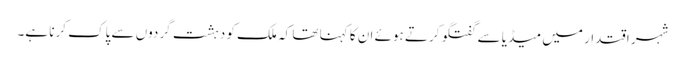
شہر اقتدار میں میڈیا سے گفتگو کرتے ہوئے ان کا کہنا تھا کہ ملک کو دہشت گردوں سے پاک کرنا ہے۔